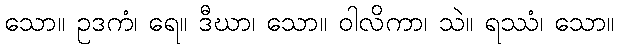
သော။ ဥဒကံ၊ ရေ။ ဒီဃာ၊ သော။ ဝါလိကာ၊ သဲ။ ရဿံ၊ သော။